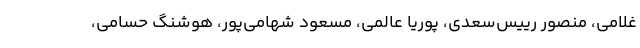
غلامی، منصور رییس‌سعدی، پوریا عالمی، مسعود شهامی‌پور، هوشنگ حسامی،